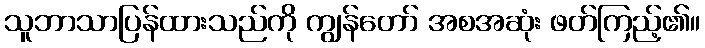
သူဘာသာပြန်ထားသည်ကို ကျွန်တော် အစအဆုံး ဖတ်ကြည့်၏။